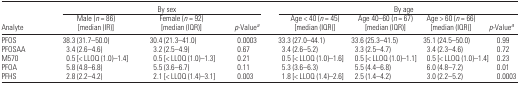
|  | <COLSPAN=3> By sex | <COLSPAN=4> By age |
 | Analyte | Male (n = 86) [median (IR)] | Female (n = 92) [median (IQR)] | p-Valuea | Age < 40 (n = 45) [median (IQR)] | Age 40–60 (n = 67) [median (IQR)] | Age > 60 (n = 66) [median (IQR)] | p-Valuea |
 | --- | --- | --- | --- | --- | --- | --- | --- |
 | PFOS | 38.3 (31.7–50.0) | 30.4 (21.3–41.0) | 0.0003 | 33.3 (27.0–44.1) | 33.6 (25.3–41.5) | 35.1 (24.5–50.0) | 0.99 |
 | PFOSAA | 3.4 (2.6–4.6) | 3.2 (2.5–4.9) | 0.67 | 3.4 (2.6–5.2) | 3.3 (2.5–4.7) | 3.4 (2.3–4.6) | 0.72 |
 | M570 | 0.5 [< LLOQ (1.0)–1.4] | 0.5 [< LLOQ (1.0)–1.3] | 0.21 | 0.5 [< LLOQ (1.0)–1.6] | 0.5 [< LLOQ (1.0)–1.1] | 0.5 [< LLOQ (1.0)–1.4] | 0.23 |
 | PFOA | 5.8 (4.8–6.8) | 5.5 (3.6–6.7) | 0.11 | 5.3 (3.6–6.3) | 5.5 (4.4–6.8) | 6.0 (4.8–7.2) | 0.01 |
 | PFHS | 2.8 (2.2–4.2) | 2.1 [< LLOQ (1.4)–3.1] | 0.003 | 1.8 [< LLOQ (1.4)–2.6] | 2.5 (1.4–4.2) | 3.0 (2.2–5.2) | 0.0003 |